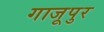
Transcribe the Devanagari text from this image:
गाजूपुर